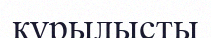
қүрылысты